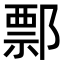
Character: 𨝓